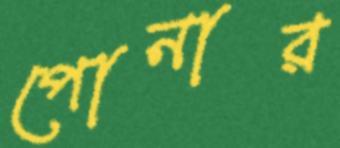
পোনার